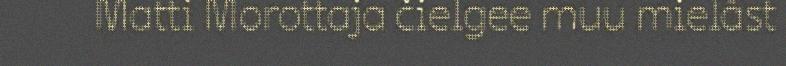
Matti Morottaja čielgee muu mielâst